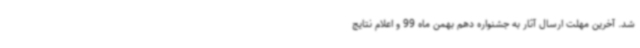
شد. آخرین مهلت ارسال آثار به جشنواره دهم بهمن ماه 99 و اعلام نتایج